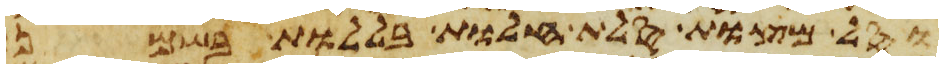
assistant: וסל מצות סלת חלות בללות בשמן